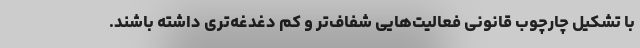
با تشکیل چارچوب قانونی فعالیت‌هایی شفاف‌تر و کم دغدغه‌تری داشته باشند.